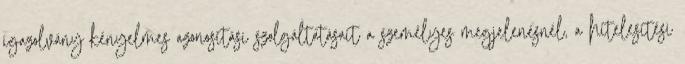
igazolvány kényelmes azonosítási szolgáltatásait a személyes megjelenésnél, a hitelesítési